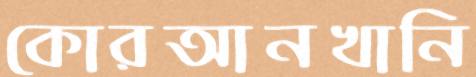
কোরআনখানি